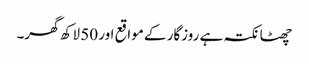
چھٹا نکتہ ہے روزگار کے مواقع اور 50 لاکھ گھر۔